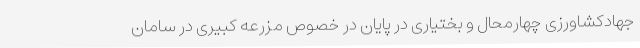
جهادکشاورزی چهارمحال و بختیاری در پایان در خصوص مزرعه کبیری در سامان